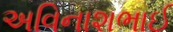
અવિનાશભાઈ